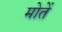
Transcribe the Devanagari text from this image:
मोतें